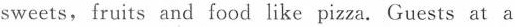
sweets, fruits and food like pizza. Guests at a